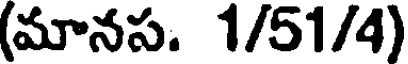
(మానప. 1/51/4)